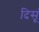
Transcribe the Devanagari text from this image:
दिसूं